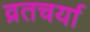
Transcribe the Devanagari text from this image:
व्रतचर्या